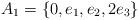
LaTeX: \begin{align*}A_1 = \{ 0, e_1, e_2,2e_3\}\end{align*}